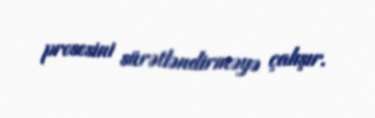
prosesini sürətləndirməyə çalışır.